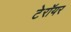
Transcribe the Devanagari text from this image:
टेरॉयर